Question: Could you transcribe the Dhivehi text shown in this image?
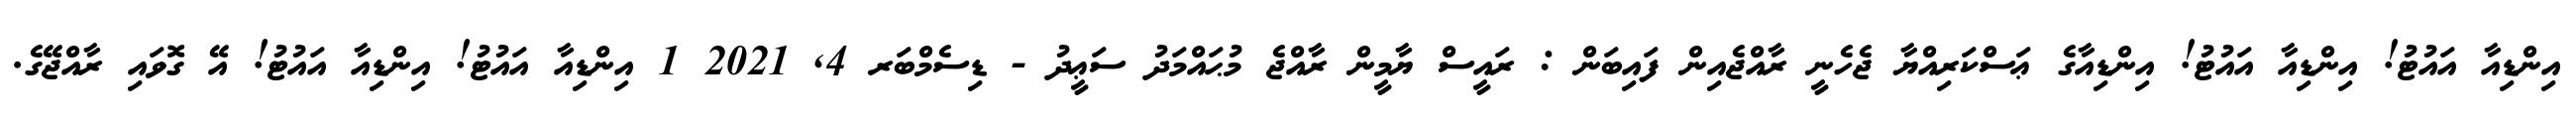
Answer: އިންޑިއާ އައުޓު! އިންޑިއާ އައުޓު! އިންޑިއާގެ ޢަސްކަރިއްޔާ ޖެހެނީ ރާއްޖެއިން ފައިބަން : ރައީސް ޔާމީން ރާއްޖެ މުޙައްމަދު ސަޢީދު - ޑިސެމްބަރ 4, 2021 1 އިންޑިއާ އައުޓު! އިންޑިއާ އައުޓު! އޭ ގޮވައި ރާއްޖޭގެ.